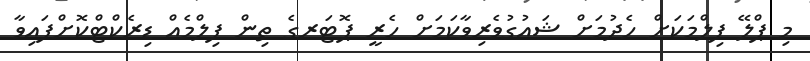
މި ޕްލޭ ފިލްމަކަށް ހެދުމަށް ޝައުގުވެރިވާކަމަށް ހެރީ ޕޮޓަރގެ ތިން ފިލްމެއް ޑިރެކްޓްކޮށްފައިވާ